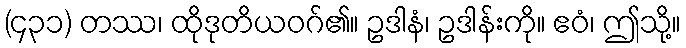
(၄၃၁) တဿ၊ ထိုဒုတိယဝဂ်၏။ ဥဒါနံ၊ ဥဒါန်းကို။ ဧဝံ၊ ဤသို့။